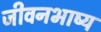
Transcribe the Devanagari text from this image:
जीवनभाष्य